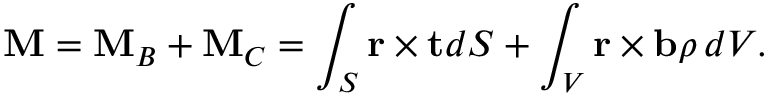
\mathbf { M } = \mathbf { M } _ { B } + \mathbf { M } _ { C } = \int _ { S } \mathbf { r } \times \mathbf { t } d S + \int _ { V } \mathbf { r } \times \mathbf { b } \rho \, d V .